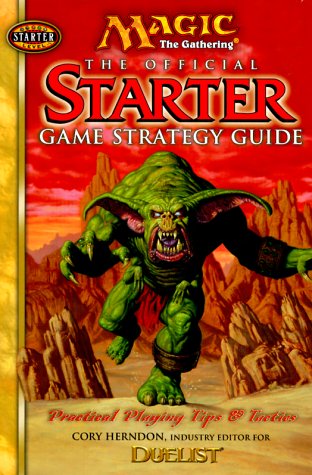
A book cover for Magic The Gathering: The Official Starter Game Strategy Guide; Cory Herndon; Science Fiction & Fantasy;